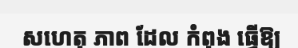
សហេតុ ភាព ដែល កំពុង ធ្វើឱ្យ